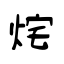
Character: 烢